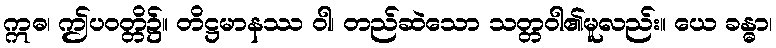
ဣဓ၊ ဤပဝတ္တိ၌။ တိဋ္ဌမာနဿ ဝါ၊ တည်ဆဲသော သတ္တဝါ၏မူလည်း။ ယေ ခန္ဓာ၊